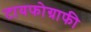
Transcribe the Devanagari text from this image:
टायफोग्राफी